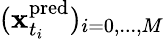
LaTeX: (\mathbf{x}_{t_{i}}^{\mathrm{pred}})_{i=0,...,M}